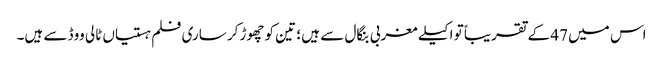
اس میں 47 کے تقریباً تو اکیلے مغربی بنگال سے ہیں ؛ تین کو چھوڑ‌کر ساری فلم ہستیاں ٹالی ووڈ سے ہیں۔